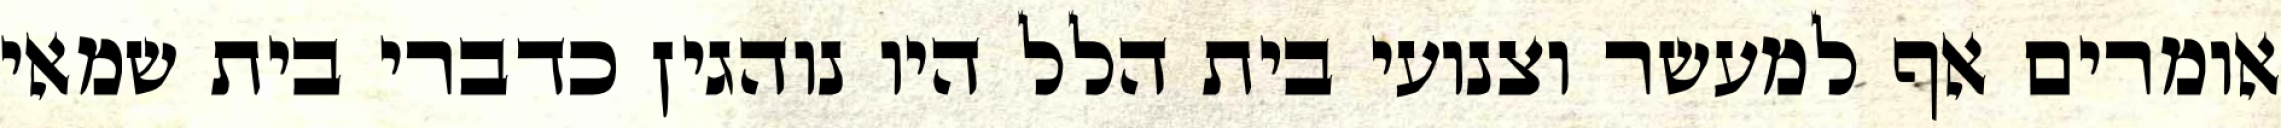
אומרים אף למעשר וצנועי בית הלל היו נוהגין כדברי בית שמאי